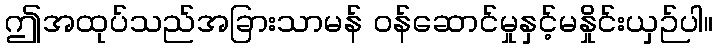
ဤအထုပ်သည်အခြားသာမန် ဝန်ဆောင်မှုနှင့်မနှိုင်းယှဉ်ပါ။